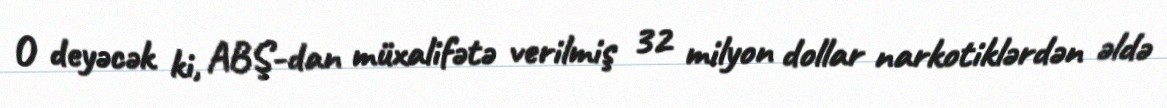
O deyəcək ki, ABŞ-dan müxalifətə verilmiş 32 milyon dollar narkotiklərdən əldə